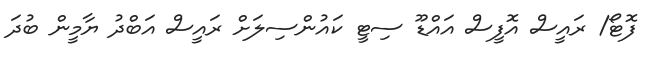
ފޮޓޯ/ ރައީސް އޮފީސް އައްޑޫ ސިޓީ ކައުންސިލަށް ރައީސް އަބްދު ޔާމީން ބުދަ